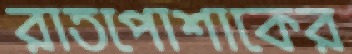
রাতপোশাকের